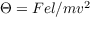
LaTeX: \Theta = F e l / m v ^ { 2 }